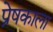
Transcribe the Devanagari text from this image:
प्रेषकाला